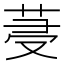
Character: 𦯈